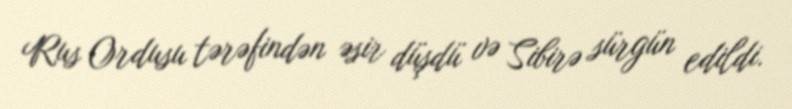
Rus Ordusu tərəfindən əsir düşdü və Sibirə sürgün edildi.